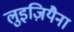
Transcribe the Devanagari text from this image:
लुइज़ियैना